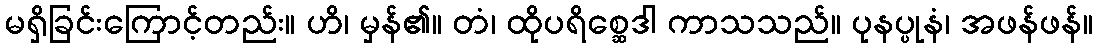
မရှိခြင်းကြောင့်တည်း။ ဟိ၊ မှန်၏။ တံ၊ ထိုပရိစ္ဆေဒါ ကာသသည်။ ပုနပ္ပုနံ၊ အဖန်ဖန်။